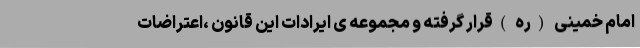
امام خمینی (ره )قرار گرفته و مجموعه ی ایرادات این قانون ،اعتراضات